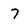
Character: 7